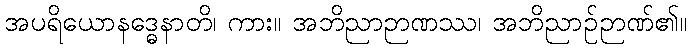
အပရိယောနဒ္ဓေနာတိ၊ ကား။ အဘိညာဉာဏဿ၊ အဘိညာဉ်ဉာဏ်၏။